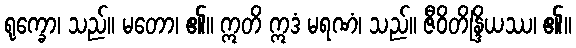
ရုက္ခော၊ သည်။ မတော၊ ၏။ ဣတိ ဣဒံ မရဏံ၊ သည်။ ဇီဝိတိန္ဒြိယဿ၊ ၏။